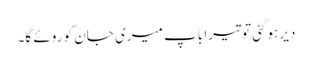
دیر ہوگئی تو تیرا باپ میری جان کو روئے گا۔